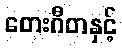
တေးဂီတနှင့်